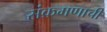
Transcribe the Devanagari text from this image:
संक्रमणाची